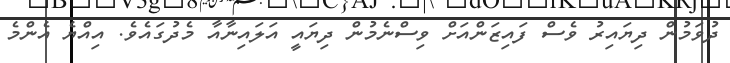
ދުވަމުން ދިޔައިރު ވެސް ފައިޒަންއަށް ވިސްނެމުން ދިޔައީ އަލައިނާއާ މެދުގައެވެ. އިއްޔެ އެންމެ